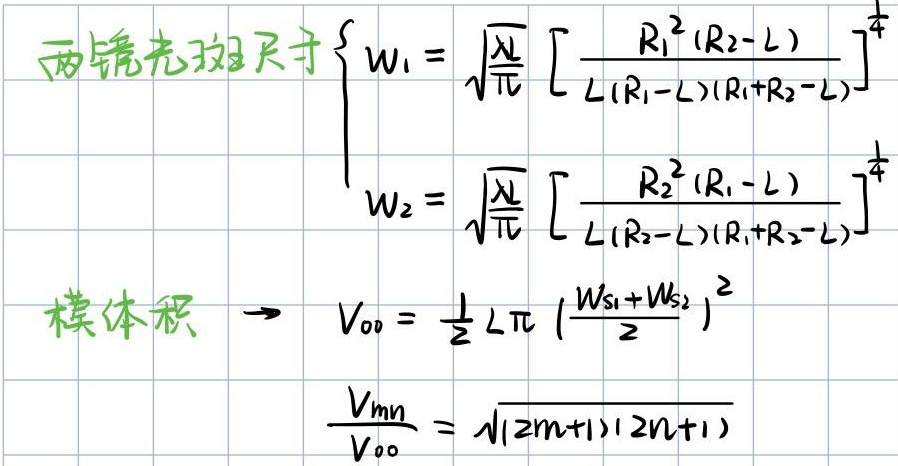
两镜光斑尺寸\(\begin{cases}
W_{1} = \sqrt{\frac{\lambda}{\pi}}\left[\frac{R_{1}^{2}(R_{2}-L)}{L(R_{1}-L)(R_{1}+R_{2}-L)}\right]^{\frac{1}{4}}\\
W_{2} = \sqrt{\frac{\lambda}{\pi}}\left[\frac{R_{2}^{2}(R_{1}-L)}{L(R_{2}-L)(R_{1}+R_{2}-L)}\right]^{\frac{1}{4}}
\end{cases}\)
模体积 \(\rightarrow V_{00}=\frac{1}{2}L\pi\left(\frac{W_{S1} + W_{S2}}{2}\right)^{2}\)
\(\frac{V_{mn}}{V_{00}}=\sqrt{(2m + 1)(2n + 1)}\)